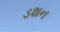
ડશન